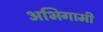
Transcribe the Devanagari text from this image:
अभिगामी